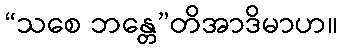
“သစေ ဘန္တေ”တိအာဒိမာဟ။